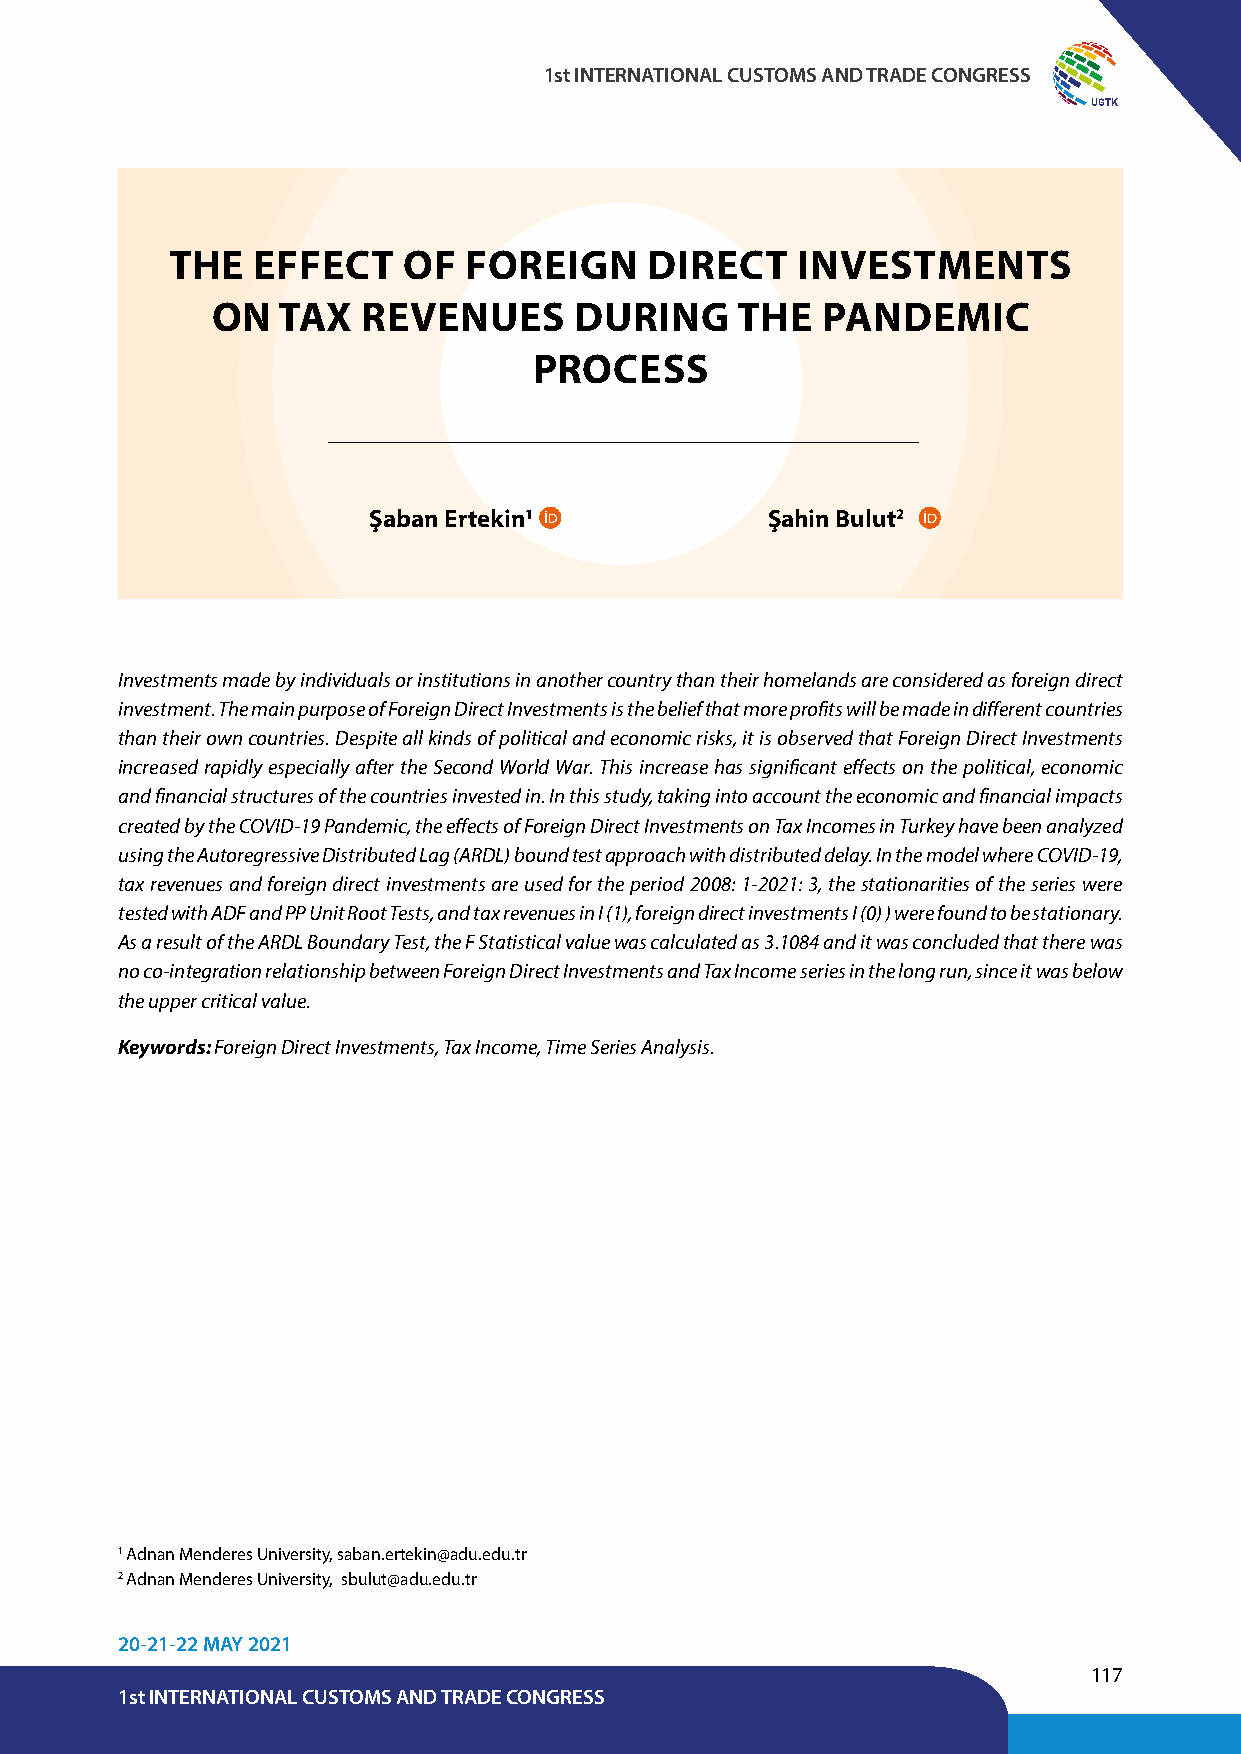
1st INTERNATIONAL CUSTOMS AND TRADE CONGRESS
 UGTK
 THE   EFFECT    OF  FOREIGN     DIRECT    INVESTMENTS
 ON  TAX   REVENUES      DURING     THE  PANDEMIC
 PROCESS
 Şaban Ertekin1             Şahin Bulut2
 Investments made by individuals or institutions in another country than their homelands are considered as foreign direct
 investment. The main purpose of Foreign Direct Investments is the belief that more profits will be made in different countries
 than their own countries. Despite all kinds of political and economic risks, it is observed that Foreign Direct Investments
 increased rapidly especially after the Second World War. This increase has significant effects on the political, economic
 and financial structures of the countries invested in. In this study, taking into account the economic and financial impacts
 created by the COVID-19 Pandemic, the effects of Foreign Direct Investments on Tax Incomes in Turkey have been analyzed
 using the Autoregressive Distributed Lag (ARDL) bound test approach with distributed delay. In the model where COVID-19,
 tax revenues and foreign direct investments are used for the period 2008: 1-2021: 3, the stationarities of the series were
 tested with ADF and PP Unit Root Tests, and tax revenues in I (1), foreign direct investments I (0) ) were found to be stationary.
 As a result of the ARDL Boundary Test, the F Statistical value was calculated as 3.1084 and it was concluded that there was
 no co-integration relationship between Foreign Direct Investments and Tax Income series in the long run, since it was below
 the upper critical value.
 Keywords: Foreign Direct Investments, Tax Income, Time Series Analysis.
 1 Adnan Menderes University, saban.ertekin@adu.edu.tr
 2 Adnan Menderes University, sbulut@adu.edu.tr
 20-21-22 MAY 2021
 117
 1st INTERNATIONAL CUSTOMS AND TRADE CONGRESS